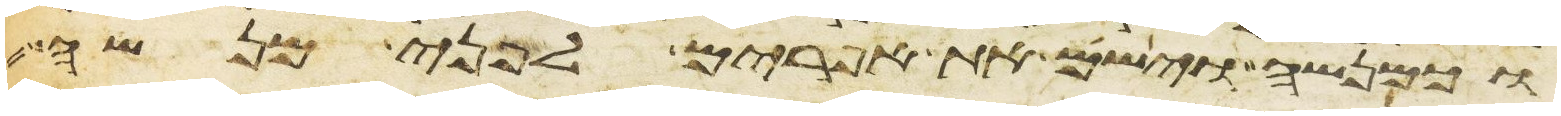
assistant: וכמנשה וישם את אפרים לפני מנשה